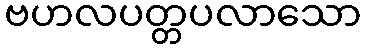
ဗဟလပတ္တပလာသော